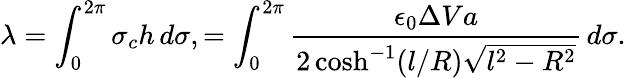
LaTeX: \lambda=\int_{0}^{2\pi}\sigma_{c}h\, d\sigma,=\int_{0}^{2\pi}\frac{\epsilon_{0}\Delta Va}{2\cosh^{-1}(l/R)\sqrt{l^{2}-R^{2}}}\, d\sigma.